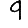
Digit: 9